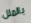
بالملل